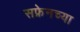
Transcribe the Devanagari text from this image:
सफ्रेनच्या